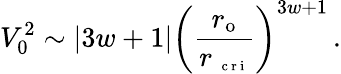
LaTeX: V_{0}^{2}\sim\left|3w+1\right|\left(\frac{r_{\mathrm{{o}}}}{r_{\mathrm{~\scriptsize~c~r~i~}}}\right)^{3w+1}\, .